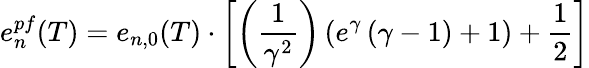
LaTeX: e_{n}^{pf}(T)=e_{n,0}(T)\cdot\left[\left(\frac{1}{\gamma^{2}}\right)\left(e^{\gamma}\left(\gamma-1\right)+1\right)+\frac{1}{2}\right]